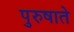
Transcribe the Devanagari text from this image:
पुरुषाते